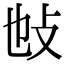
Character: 𢻫